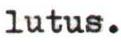
lutus.